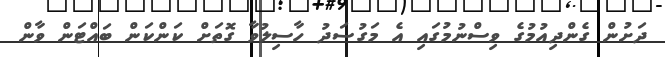
ދަށުން ގެންދިއުމުގެ ވިސްނުމުގައި އެ މަގުސަދު ހާސިލުވާ ގޮތަށް ކަންކަން ބައްޓަން ވާން